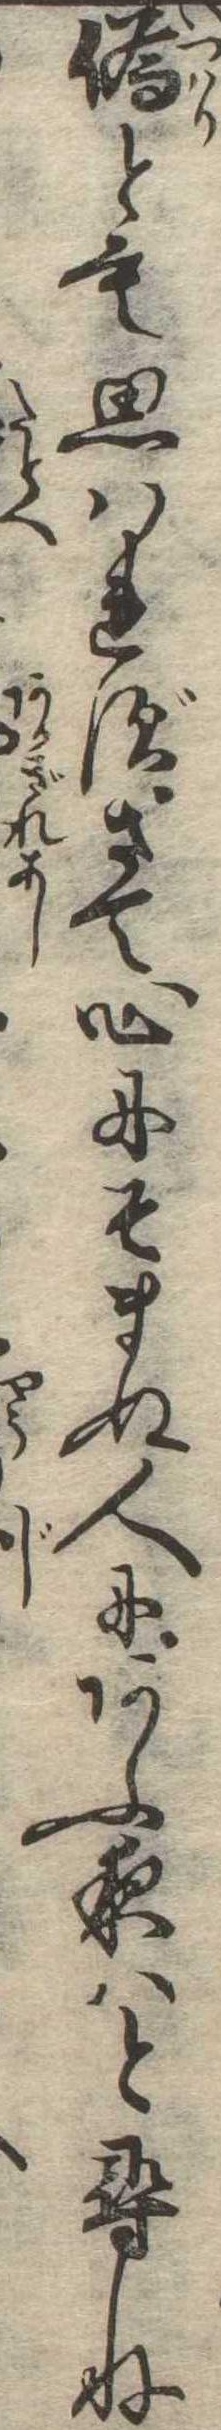
偽とも思はれずさて心にそまぬ人にあふ夜はと尋ね